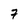
Character: 7